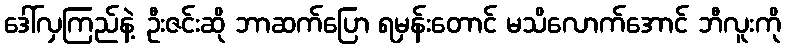
ဒေါ်လှကြည်နဲ့ ဦးဇင်းဆို ဘာဆက်ပြော ရမှန်းတောင် မသိလောက်အောင် ဘီလူးကို